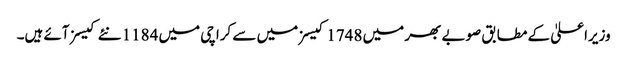
وزیراعلیٰ کے مطابق صوبے بھر میں 1748 کیسز میں سے کراچی میں 1184 نئے کیسز آئے ہیں۔